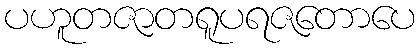
ပဟူတဇာတရူပရဇတောပေ